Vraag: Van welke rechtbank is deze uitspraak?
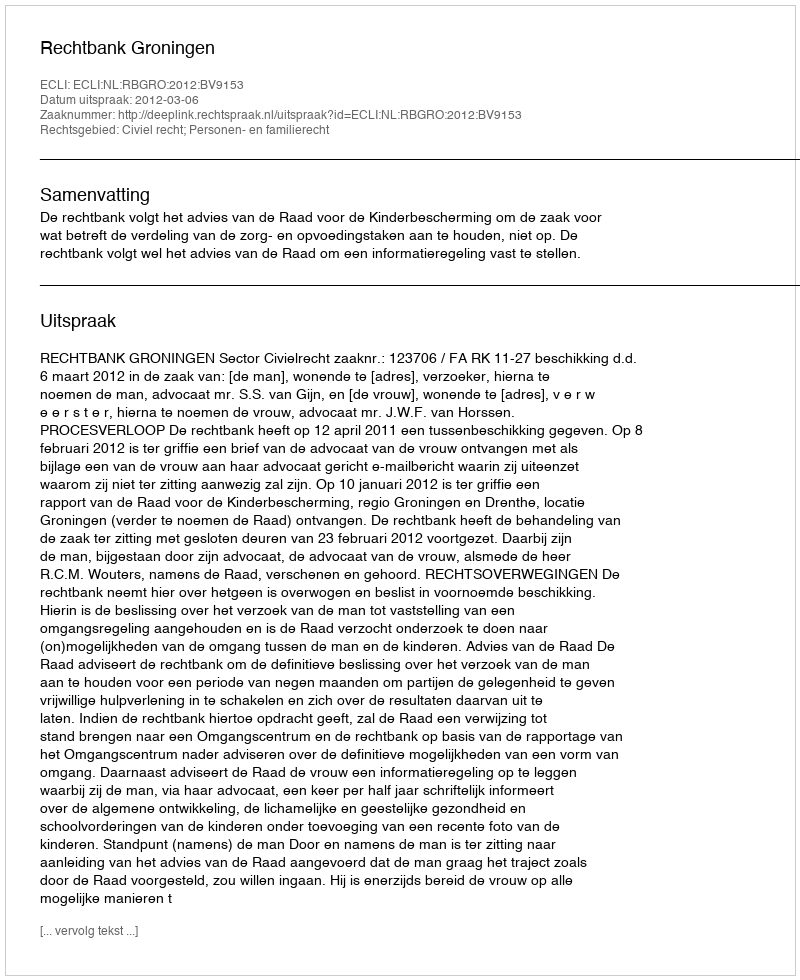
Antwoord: Rechtbank Groningen